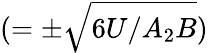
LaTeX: (=\pm\sqrt{6U/A_{2}B})